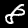
Label: 8